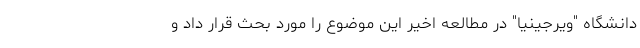
دانشگاه "ویرجینیا" در مطالعه اخیر این موضوع را مورد بحث قرار داد و